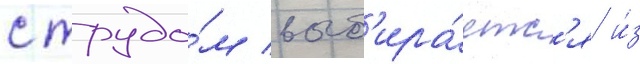
с трудо́м выб'ира́етс'я и́з